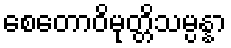
စေတောဝိမုတ္တိသမ္ပန္နာ